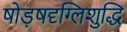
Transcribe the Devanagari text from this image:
षोड़षदृग्लिशुद्धि